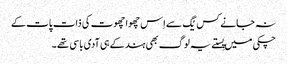
نہ جانے کس یُگ سے اِس چھوا چھوت کی ذات پات کے
چکی میں پِستے یہ لوگ بھی ہند کے ہی آدی باسی تھے ۔